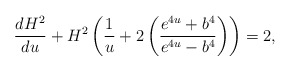
\begin{align*}\frac{dH^2}{du}+H^2\left(\frac{1}{u}+2\left(\frac{e^{4u}+b^4}{e^{4u}-b^4}\right)\right)=2,\end{align*}